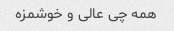
همه چی عالی و خوشمزه